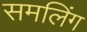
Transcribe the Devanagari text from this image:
समलिंग